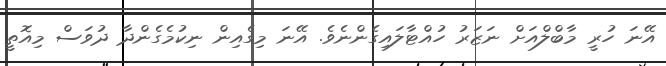
އޭނަ ހުރީ މާބްލްއަށް ނަޒަރު ހުއްޓާލައިގެންނެވެ. އޭނަ މިގެއިން ނިކުމެގެންދާ ދުވަސް މިއޮތީ